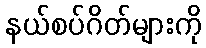
နယ်စပ်ဂိတ်များကို